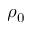
\rho _ { 0 }